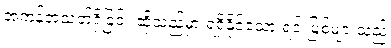
အကန့်အသတ်ရှိခြင်း ဆိုသည်မှာ ရရှိနိုင်သော ရင်းမြစ်များသည်